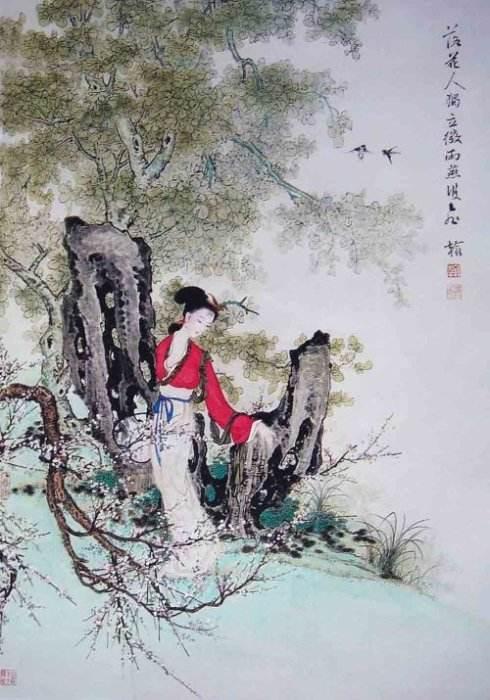
教人无处寄相思，落花芳草过前期，没人知。